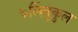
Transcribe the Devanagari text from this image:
७लिंबुकुल